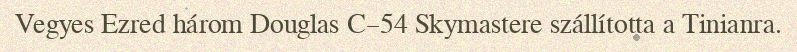
Vegyes Ezred három Douglas C–54 Skymastere szállította a Tinianra.